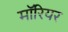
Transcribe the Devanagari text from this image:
मॉरियर